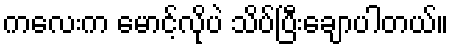
ကလေးက မောင့်လိုပဲ သိပ်ပြီးချောပါတယ်။